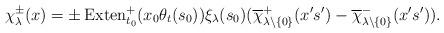
LaTeX: \begin{align*}\chi_\lambda^\pm(x)=\pm\operatorname{Exten}^+_{t_0}(x_0\theta_t(s_0))\xi_\lambda(s_0)(\overline{\chi}_{\lambda\backslash\{0\}}^+(x's')-\overline{\chi}_{\lambda\backslash\{0\}}^-(x's')).\end{align*}